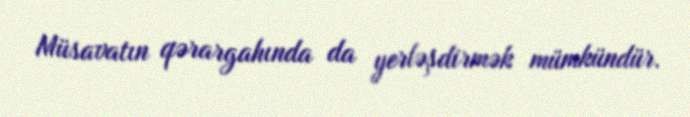
Müsavatın qərargahında da yerləşdirmək mümkündür.